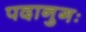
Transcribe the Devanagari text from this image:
पदानुगः